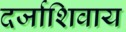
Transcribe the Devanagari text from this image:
दर्जाशिवाय